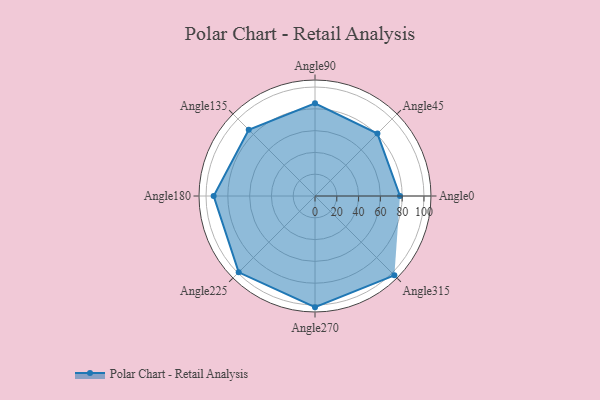
{"axis": {"x": "Angle", "y": "Radius"}, "legend": [""], "data": [{"x": "Angle0", "y": 78.0, "type": ""}, {"x": "Angle45", "y": 81.0, "type": ""}, {"x": "Angle90", "y": 85.0, "type": ""}, {"x": "Angle135", "y": 86.0, "type": ""}, {"x": "Angle180", "y": 93.0, "type": ""}, {"x": "Angle225", "y": 99.0, "type": ""}, {"x": "Angle270", "y": 102.0, "type": ""}, {"x": "Angle315", "y": 103.0, "type": ""}]}